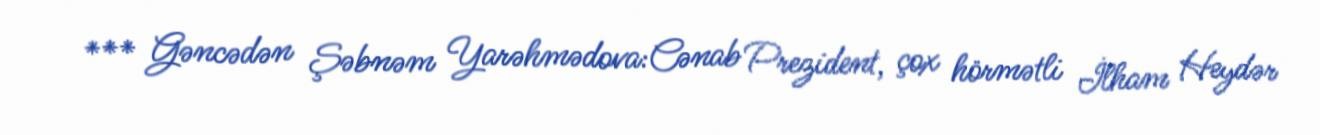
*** Gəncədən Şəbnəm Yarəhmədova:Cənab Prezident, çox hörmətli İlham Heydər